Voisiku_vallavalitsus, lk 10
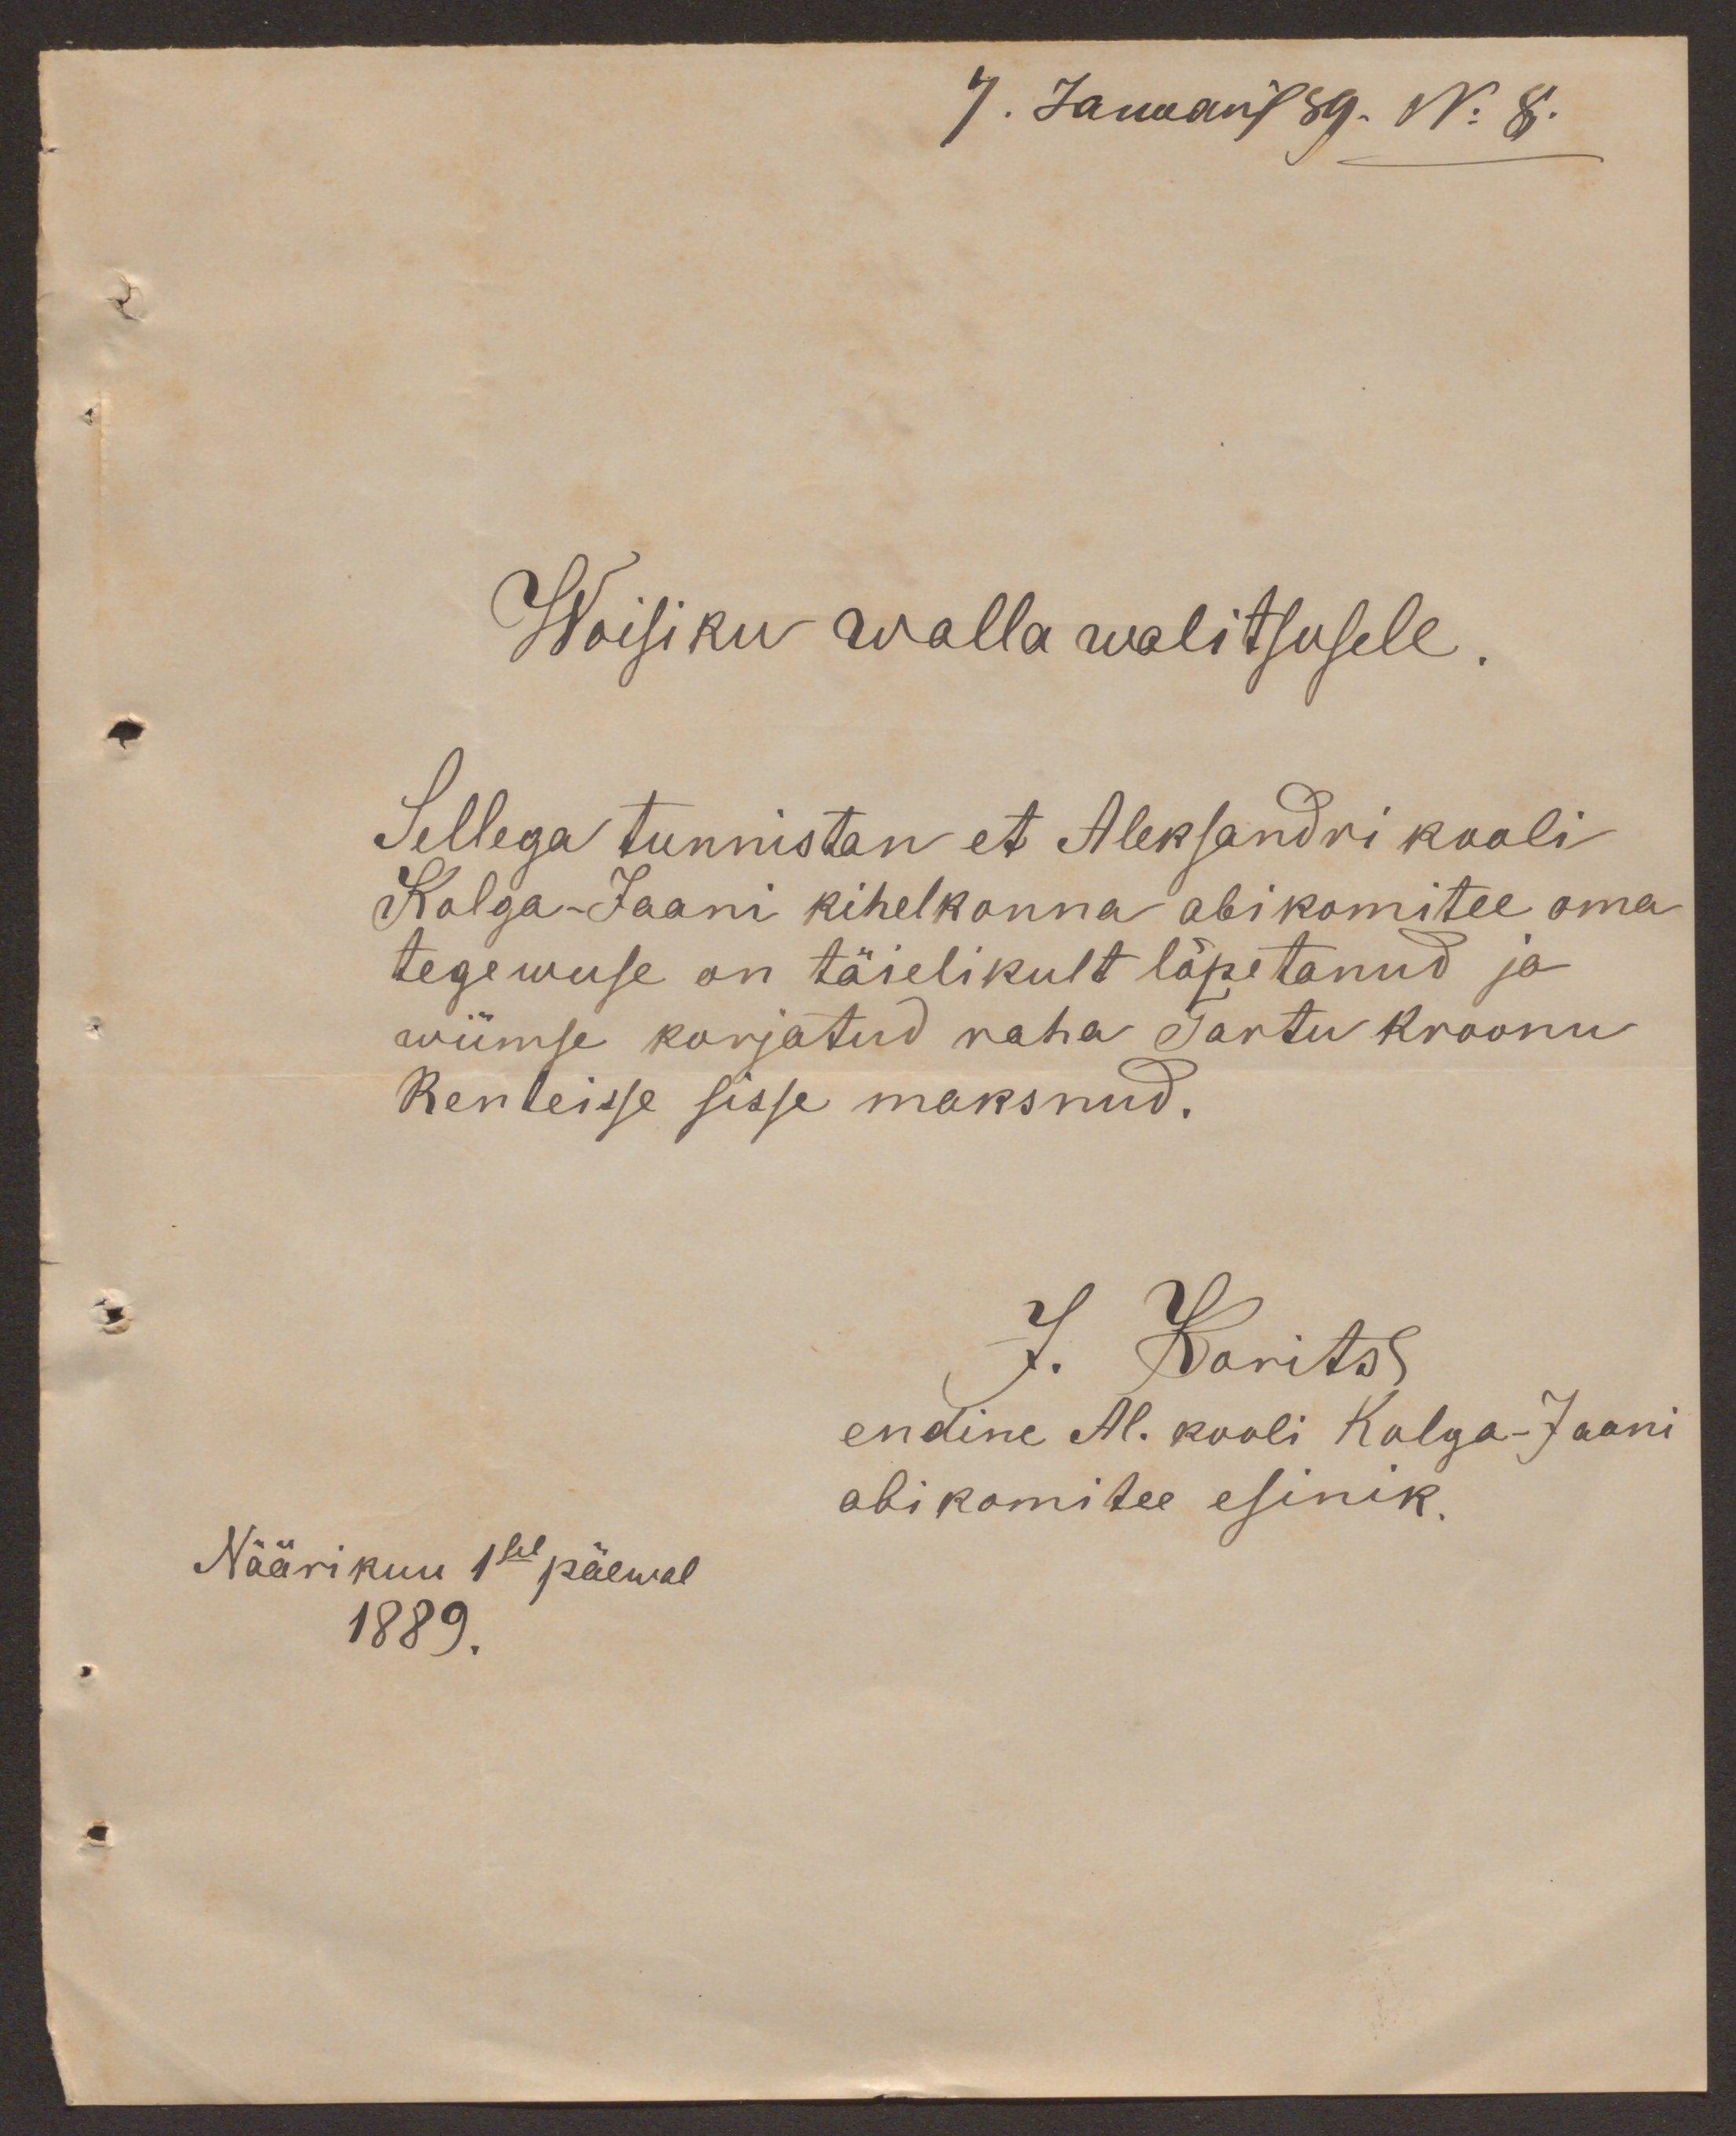
7. Januaril 89. No 8.

Woisiku walla walitsusele.
Sellega tunnistan et Aleksandri kooli
Kolga Jaani kihelkonna abikomitee oma
tegewuse on täielikult lõpetanud ja
wiimse korjatud raha Tartu kroonu
Renteisse sisse maksnud.
J. Karits
endine Al. kooli Kolga-Jaani
abikomitee esinik.
Näärikuu 1sel päewal
1889.